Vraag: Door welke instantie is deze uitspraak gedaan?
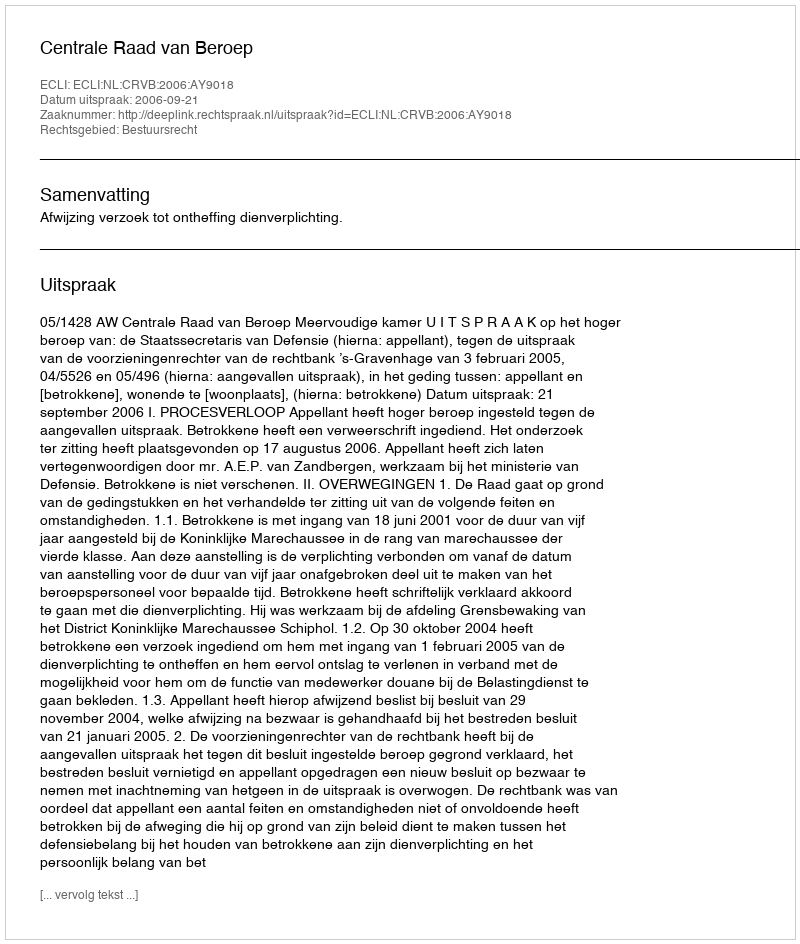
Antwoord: Centrale Raad van Beroep